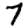
Digit: 7